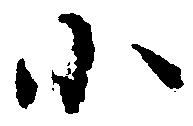
小